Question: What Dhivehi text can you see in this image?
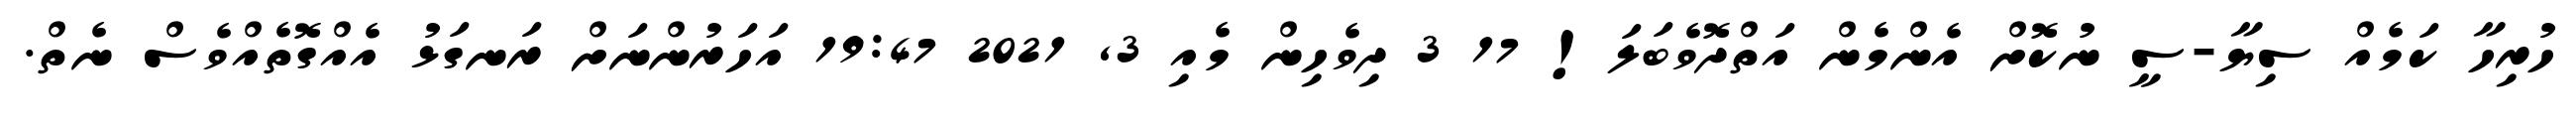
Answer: ހުރިހާ ކަމެއް ސިޔާ-ސީ ނުކޮށް އެންމެން އަތްދޮވެބަލަ! 17 3 ދިވެހިން މެއި 3, 2021 19:47 އަހަރުންނަށް ރަނގަޅު އެއްގޮތެއްވެސް ނެތް.